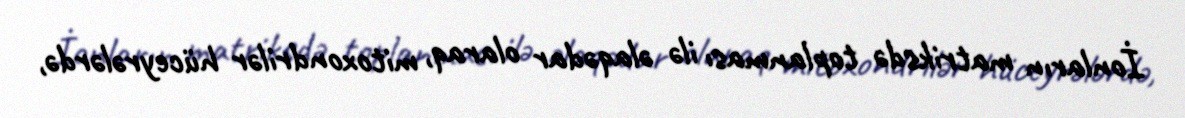
İonların matriksdə toplanması ilə əlaqədar olaraq, mitoxondrilər hüceyrələrdə,